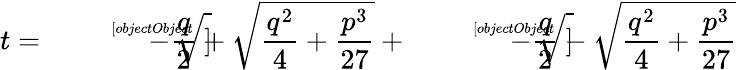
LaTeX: t={\sqrt[[objectObject]]{-{\frac{q}{2}}+{\sqrt{{\frac{q^{2}}{4}}+{\frac{p^{3}}{27}}}}}}+{\sqrt[[objectObject]]{-{\frac{q}{2}}-{\sqrt{{\frac{q^{2}}{4}}+{\frac{p^{3}}{27}}}}}}